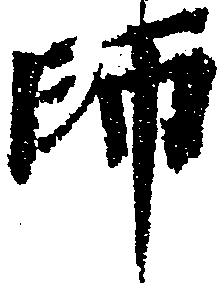
師